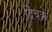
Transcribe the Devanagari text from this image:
द्विचक्र